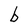
Character: b